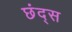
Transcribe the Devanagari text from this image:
छंद्स